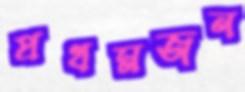
প্রথমজন